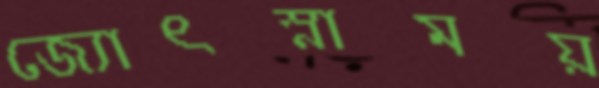
জ্যোৎস্নাময়